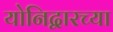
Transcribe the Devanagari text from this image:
योनिद्वारच्या